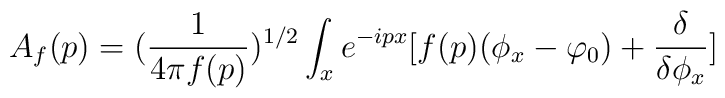
A_f(p) = ({\frac {1}{4\pi f(p)}})^{1/2}\int_x  e^{-ipx}[f(p)(\phi_x - \varphi_0)+{\frac {\delta}{\delta\phi_x}}]